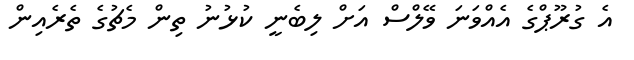
އެ ގުރޫޕްގެ އެއްވަނަ ވޭލްސް އަށް ލިބެނީ ކުޅުނު ތިން މެޗުގެ ތެރެއިން